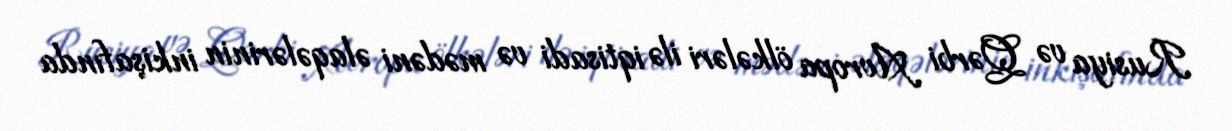
Rusiya və Qərbi Avropa ölkələri ilə iqtisadi və mədəni əlaqələrinin inkişafında